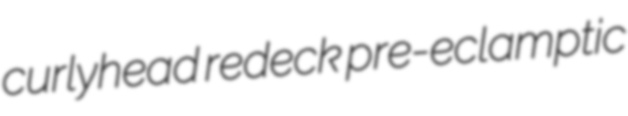
curlyhead redeck pre-eclamptic